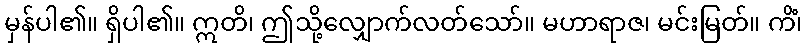
မှန်ပါ၏။ ရှိပါ၏။ ဣတိ၊ ဤသို့လျှောက်လတ်သော်။ မဟာရာဇ၊ မင်းမြတ်။ ကိံ၊